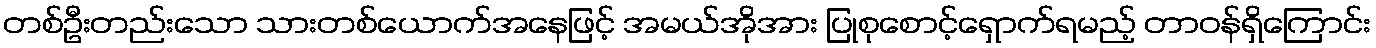
တစ်ဦးတည်းသော သားတစ်ယောက်အနေဖြင့် အမယ်အိုအား ပြုစုစောင့်ရှောက်ရမည့် တာဝန်ရှိကြောင်း